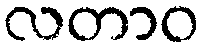
လတာဝ